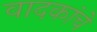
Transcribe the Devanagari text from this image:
वादकांचे